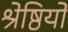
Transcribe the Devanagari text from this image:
श्रेष्ठियों